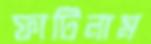
ফাটিলাম